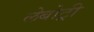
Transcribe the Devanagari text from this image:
लेबोट्री